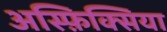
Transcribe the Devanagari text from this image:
अस्फ़िक्सिया